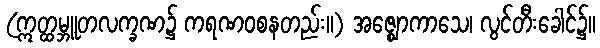
(ဣတ္ထမ္ဘူတလက္ခဏ၌ ကရဏဝစနတည်း။) အဇ္ဈောကာသေ၊ လွင်တီးခေါင်၌။